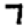
Digit: 7